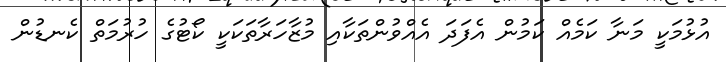
އުޅުމަކީ މަނާ ކަމެއް ކަމުން އެފަދަ އެއްވުންތަކާއި މުޒާހަރާތަކަކީ ކޯޓުގެ ހުރުމަތް ކެނޑުން